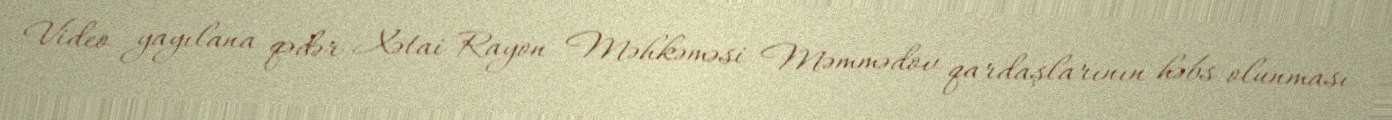
Video yayılana qədər Xətai Rayon Məhkəməsi Məmmədov qardaşlarının həbs olunması